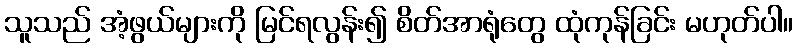
သူသည် အံ့ဖွယ်များကို မြင်ရလွန်း၍ စိတ်အာရုံတွေ ထုံကုန်ခြင်း မဟုတ်ပါ။